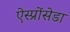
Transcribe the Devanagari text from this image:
ऐस्प्रोंसेडा